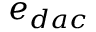
e _ { d a c }